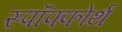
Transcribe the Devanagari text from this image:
स्पॉफ्फोर्थ